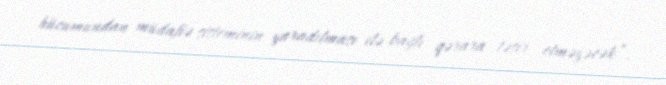
hücumundan müdafiə sisteminin yaradılması ilə bağlı qərara təsir etməyəcək”.